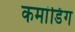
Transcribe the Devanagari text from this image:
कमांडिंग